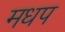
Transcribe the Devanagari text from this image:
मधप